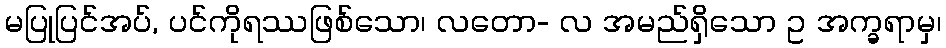
မပြုပြင်အပ်, ပင်ကိုရဿဖြစ်သော၊ လတော- လ အမည်ရှိသော ဥ အက္ခရာမှ၊